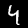
Digit: 4